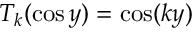
T _ { k } ( \cos y ) = \cos ( k y )